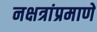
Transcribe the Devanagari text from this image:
नक्षत्रांप्रमाणे